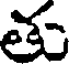
తు